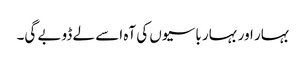
بہار اور بہار باسیوں کی آہ اسے لے ڈوبے گی۔